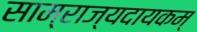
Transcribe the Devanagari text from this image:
साम्राज्यदायकम्